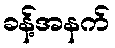
ခန့်အနက်